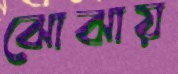
ঝোঝায়